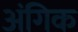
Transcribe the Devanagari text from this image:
अंगिक